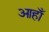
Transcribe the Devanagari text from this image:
आहाँ